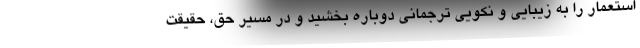
استعمار را به زیبایی و نکویی ترجمانی دوباره بخشید و در مسیر حق، حقیقت